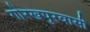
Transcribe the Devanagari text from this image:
गोरखपुरवासी